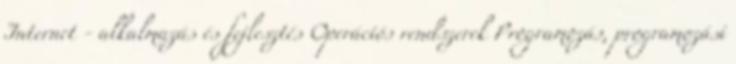
Internet - alkalmazás és fejlesztés Operációs rendszerek Programozás, programozási